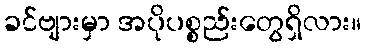
ခင်ဗျားမှာ အပိုပစ္စည်းတွေရှိလား။